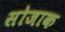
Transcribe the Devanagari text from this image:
सोजाक